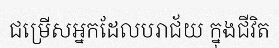
ជម្រើសអ្នកដែលបរាជ័យ ក្នុងជីវិត